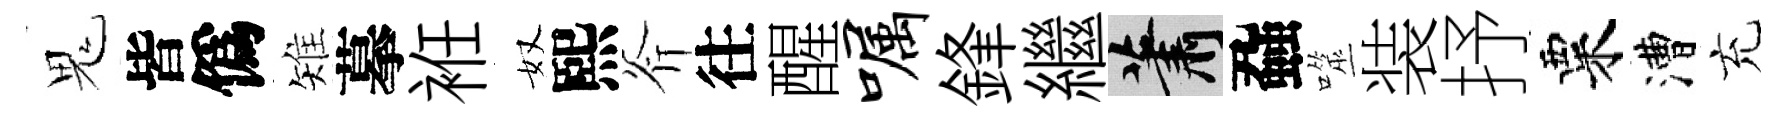
鬼皆僞雉摹袵奴熙斧往醒嘱鋒繼蕭蝨噬装抒粟漕充